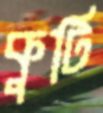
কুটি